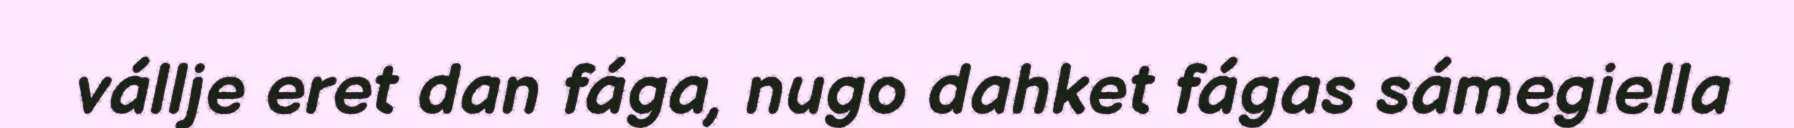
vállje eret dan fága, nugo dahket fágas sámegiella